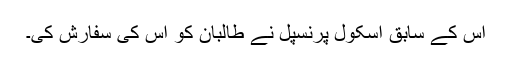
اس کے سابق اسکول پرنسپل نے طالبان کو اس کی سفارش کی۔